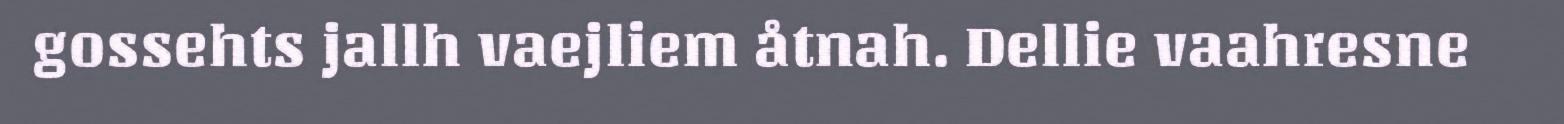
gossehts jallh vaejliem åtnah. Dellie vaahresne